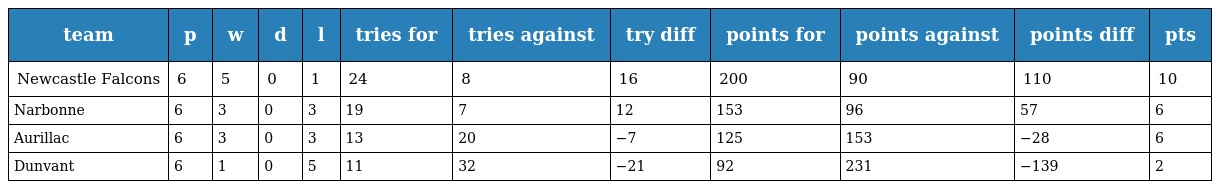
| team | p | w | d | l | tries for | tries against | try diff | points for | points against | points diff | pts |
 | --- | --- | --- | --- | --- | --- | --- | --- | --- | --- | --- | --- |
 | Newcastle Falcons | 6 | 5 | 0 | 1 | 24 | 8 | 16 | 200 | 90 | 110 | 10 |
 | Narbonne | 6 | 3 | 0 | 3 | 19 | 7 | 12 | 153 | 96 | 57 | 6 |
 | Aurillac | 6 | 3 | 0 | 3 | 13 | 20 | −7 | 125 | 153 | −28 | 6 |
 | Dunvant | 6 | 1 | 0 | 5 | 11 | 32 | −21 | 92 | 231 | −139 | 2 |